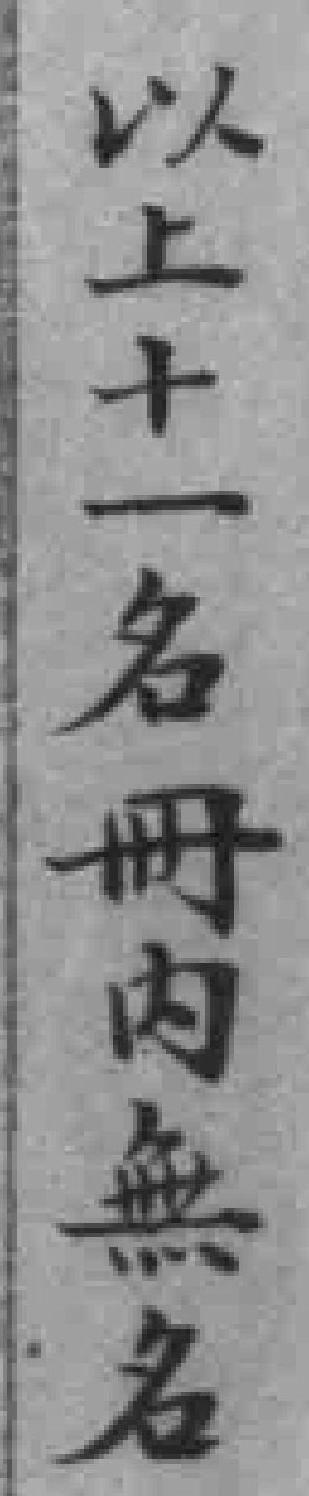
以上十一名冊内無名